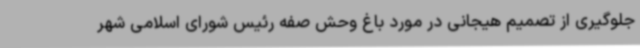
جلوگیری از تصمیم هیجانی در مورد باغ وحش صفه رئیس شورای اسلامی شهر